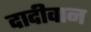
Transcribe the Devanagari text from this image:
दादीवान